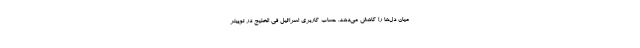
میان دل‌ها را کاهش می‌دهد. حساب کاربری اسرائیل فی الخلیج در توییتر